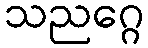
သညဂ္ဂေ